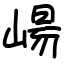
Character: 崵